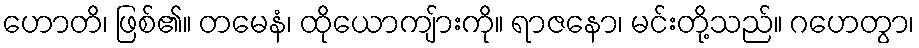
ဟောတိ၊ ဖြစ်၏။ တမေနံ၊ ထိုယောကျ်ားကို။ ရာဇနော၊ မင်းတို့သည်။ ဂဟေတွာ၊